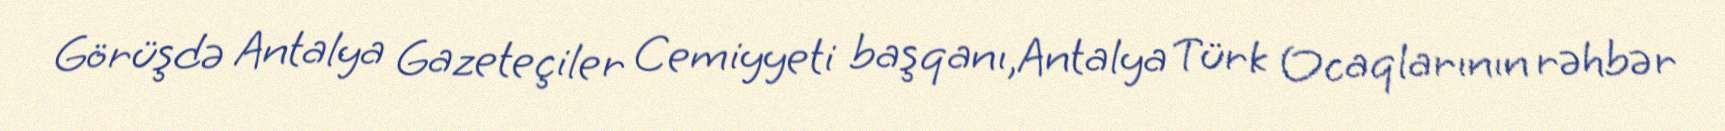
Görüşdə Antalya Gazeteçiler Cemiyyeti başqanı,Antalya Türk Ocaqlarının rəhbər